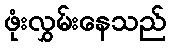
ဖုံးလွှမ်းနေသည်